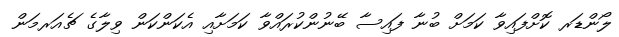
ލޯންޑަރ ކޮށްފައިވާ ކަމަށް ބުނާ ފައިސާ ބޭނުންކުރައްވާ ކަމަށާއި އެކަންކަން ވިލާގެ ޗެއަރމަން